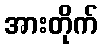
အားတိုက်